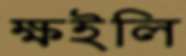
ক্ষইলি